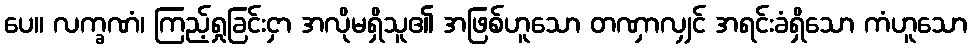
ပေ။ လက္ခဏံ၊ ကြည့်ရှုခြင်းငှာ အလိုမရှိသူ၏ အဖြစ်ဟူသော တဏှာလျှင် အရင်းခံရှိသော ကံဟူသော